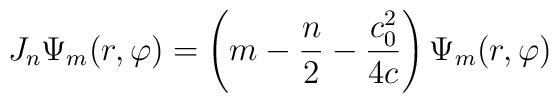
J_n\Psi_m(r,\varphi) = \left(m-\frac n2 - \frac{c_0^2}{4c}\right)\Psi_m(r,\varphi)